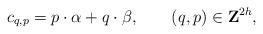
LaTeX: \begin{align*}c_{q,p}={p}\cdot{\alpha}+{q}\cdot {\beta},\qquad (q,p)\in {\bf Z}^{2h},\end{align*}